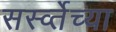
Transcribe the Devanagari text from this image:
सर्स्व्तेच्या